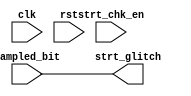
module start_check (clk, rst, strt_chk_en, sampled_bit, strt_glitch);

input clk, rst, strt_chk_en, sampled_bit;
output strt_glitch;

reg ff;
/*
always@(posedge clk or negedge rst)
begin
    if(!rst)
    ff <= 1'b0;
    else if (strt_chk_en)
    ff <= sampled_bit;
end
*/
assign strt_glitch = sampled_bit;

endmodule